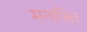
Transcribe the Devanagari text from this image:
मनजित